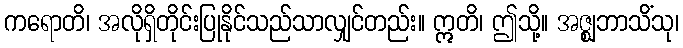
ကရောတိ၊ အလိုရှိတိုင်းပြုနိုင်သည်သာလျှင်တည်း။ ဣတိ၊ ဤသို့။ အဇ္ဈဘာသိံသု၊